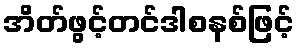
အိတ်ဖွင့်တင်ဒါစနစ်ဖြင့်